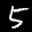
Label: 5